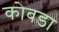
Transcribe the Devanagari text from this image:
कोबडा